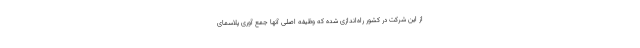
از این شرکت در کشور راه‌اندازی شده که وظیفه اصلی آنها جمع آوری پلاسمای